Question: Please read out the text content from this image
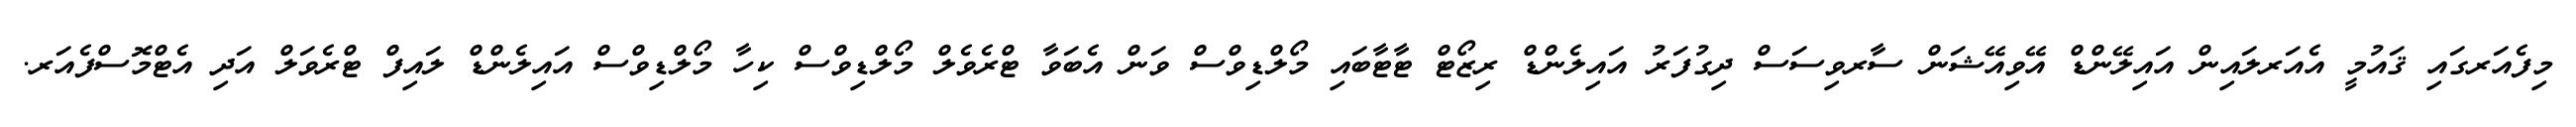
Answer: މިފެއަރގައި ޤައުމީ އެއަރލައިން އައިލޭންޑް އޭވިއޭޝަން ސާރވިސަސް ދިގުފަރު އައިލެންޑް ރިޒޯޓް ޓާޓާބައި މޯލްޑިވްސް ވަން އެބަވާ ޓްރެވެލް މޯލްޑިވްސް ކިހާ މޯލްޑިވްސް އައިލެންޑް ލައިފް ޓްރެވަލް އަދި އެޓްމޮސްފެއަރ.